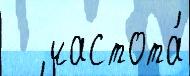
   частота́